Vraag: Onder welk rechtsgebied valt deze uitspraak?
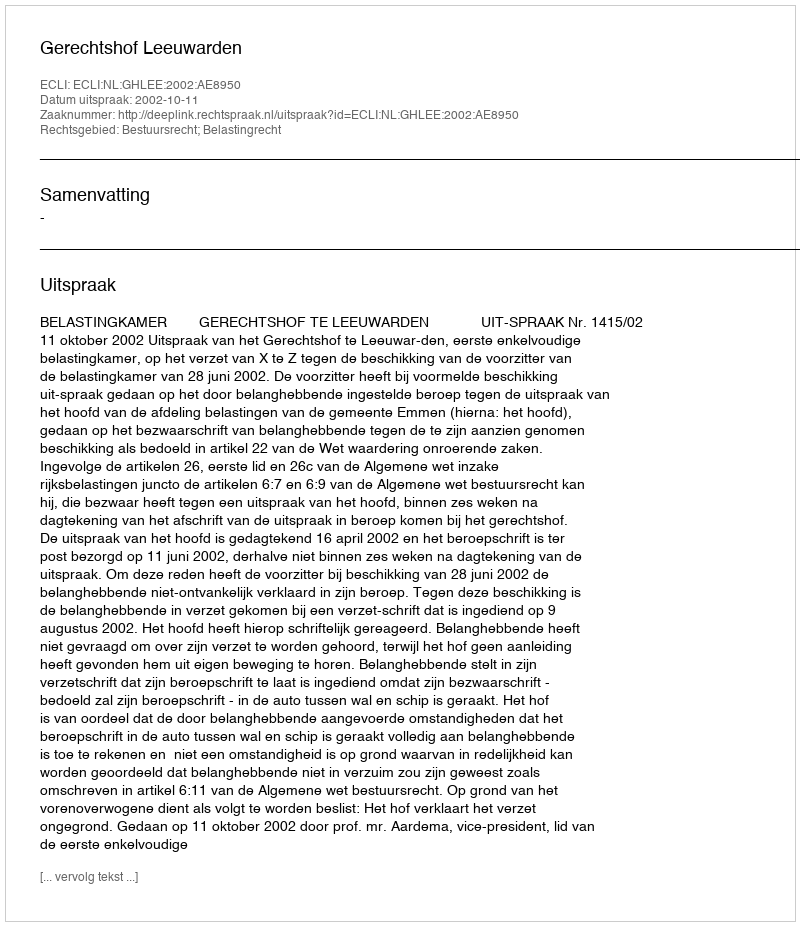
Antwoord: Bestuursrecht; Belastingrecht